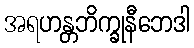
အရဟန္တဘိက္ခုနီဘေဒါ